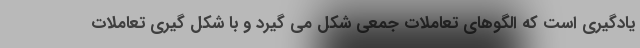
یادگیری است که الگوهای تعاملات جمعی شکل می گیرد و با شکل گیری تعاملات